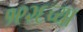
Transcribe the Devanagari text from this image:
१९२६च्या